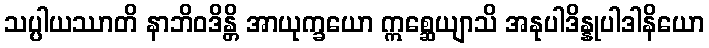
သပ္ပါယဿာတိ နာဘိဝဒိန္တိ အာယုက္ခယော ဣစ္ဆေယျာသိ အနုပါဒိန္နုပါဒါနိယော